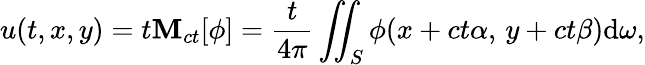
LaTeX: u(t,x,y)=t\mathbf{M}_{ct}[\phi]={\frac{{t}}{{4\pi}}}\iint_{S}\phi(x+ct\alpha,\, y+ct\beta)\mathrm{{d}}\omega,